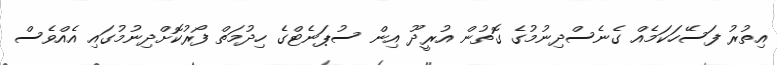
އިތުރު ފަސޭހަކަމެއް ގެނެސްދިނުމުގެ ގޮތުން އުރީދޫ އިން ސުޕަނެޓްގެ ހިދުމަތް ފޯރުކޮށްދިނުމުގައި އެއްވެސް